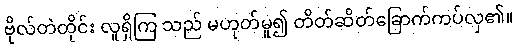
ဗိုလ်တဲတိုင်း လူရှိကြ သည် မဟုတ်မူ၍ တိတ်ဆိတ်ခြောက်ကပ်လှ၏။